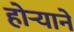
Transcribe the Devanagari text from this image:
होऱ्याने